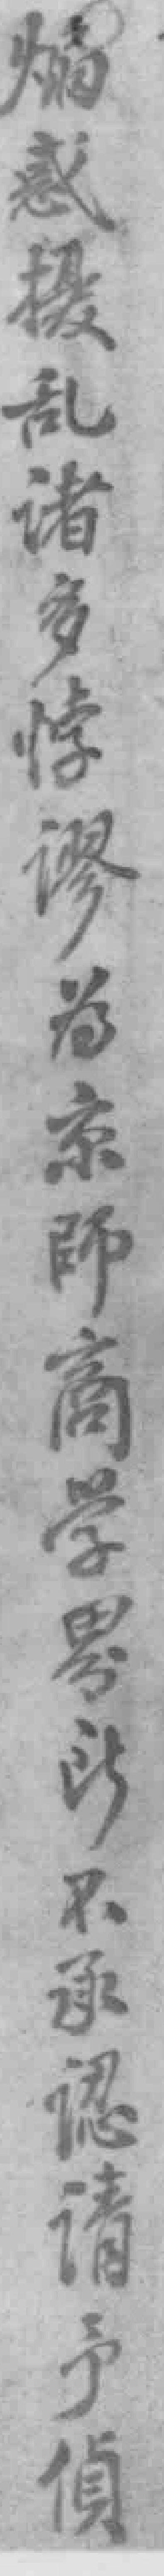
煽惑擾亂諸多悖謬为京師商學界所不承認請予偵